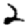
Digit: 2